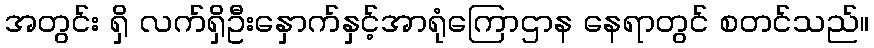
အတွင်း ရှိ လက်ရှိဦးနှောက်နှင့်အာရုံကြောဌာန နေရာတွင် စတင်သည်။